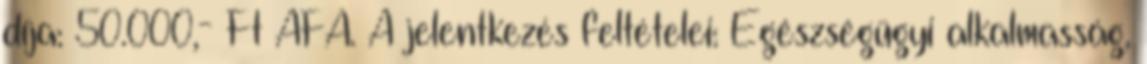
díja: 50.000,- Ft ÁFA. A jelentkezés feltételei: Egészségügyi alkalmasság,